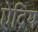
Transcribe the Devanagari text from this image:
ऐद्रिय